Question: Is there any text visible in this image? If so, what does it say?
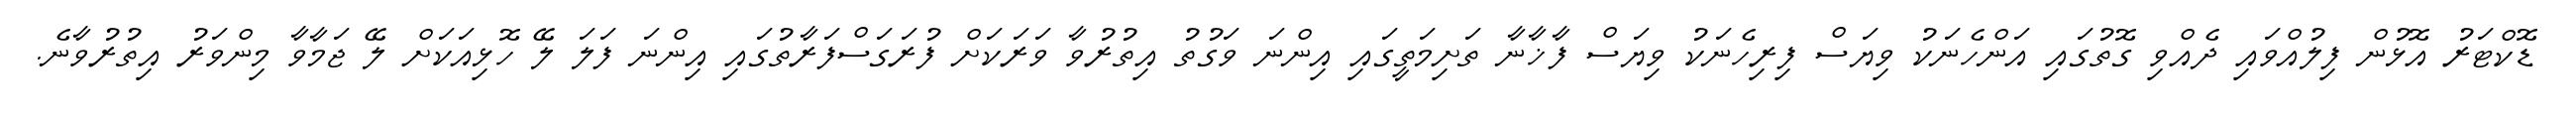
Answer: ޑޮކްޓަރު އޮޅުން ފިލުއްވައި ދެއްވި ގޮތުގައި އަންހެނަކު ވިޔަސް ފިރިހެނަކު ވިޔަސް ފާޚާނާ ތަށިމަތީގައި އިންނަ ވަގުތު އިތުރުވާ ވަރަކަށް ފުރަގަސްފަރާތުގައި އިންނަ ފަލަ ލޭ ހޮޅިއަކަށް ލޭ ޖަމާވާ މިންވަރު އިތުރުވާނެ.